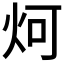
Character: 炣